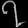
Digit: ၇